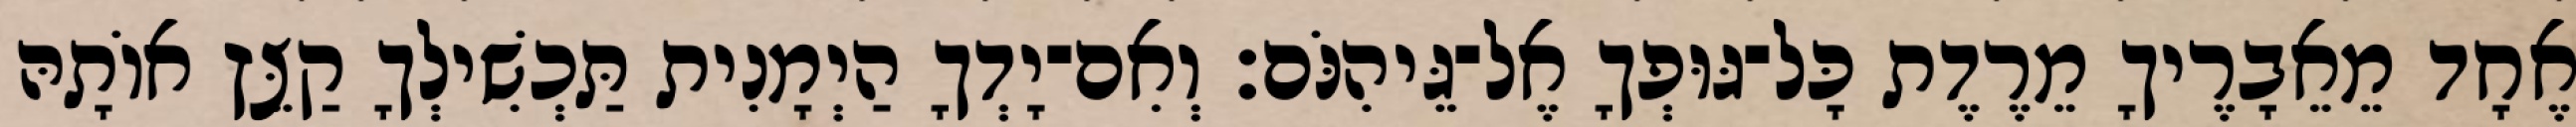
אֶחָד מֵאֵבָרֶיךָ מֵרֶדֶת כָּל־גּוּפְךָ אֶל־גֵּיהִנֹּם׃ וְאִם־יָדְךָ הַיְמָנִית תַּכְשִׁילְךָ קַצֵּץ אוֹתָהּ